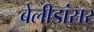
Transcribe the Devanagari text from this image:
बेलीडांसर